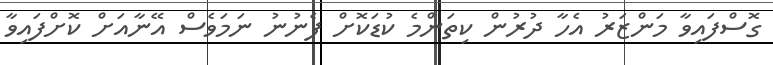
ގޮސްފައިވާ މަންޒަރު އެހާ ދުރުން ކިތަންމެ ކުޑަކޮށް ފެނުނު ނަމަވެސް އޭނާއަށް ކޮށްފައިވާ